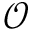
\mathcal { O }